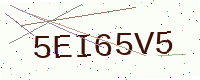
Text: 5EI65V5